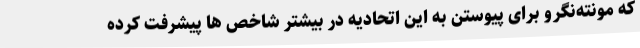
که مونته‌نگرو برای پیوستن به این اتحادیه در بیشتر شاخص ها پیشرفت کرده